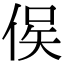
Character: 㑨